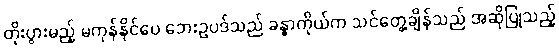
တိုးပွားမည့် မကုန်နိုင်ပေ ဘေးဥပဒ်သည် ခန္ဓာကိုယ်က သင်တွေ့ချိန်သည် အဆိုပြုသည့်